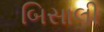
બિસાલી